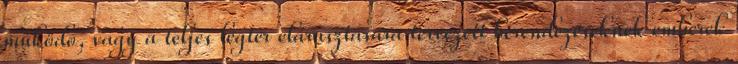
mûködõ, vagy a teljes légtér elárasztására tervezett berendezéseknek emberek